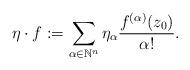
LaTeX: \begin{align*}\eta\cdot f:=\sum_{\alpha\in\mathbb{N}^n}\eta_{\alpha}\frac{f^{(\alpha)}(z_0)}{\alpha!}.\end{align*}